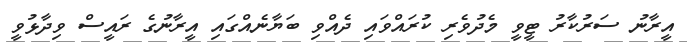
އީރާނު ސަރުކާރު ޓީވީ މެދުވެރި ކުރައްވައި ދެއްވި ބަޔާނެއްގައި އީރާނުގެ ރައީސް ވިދާޅުވީ